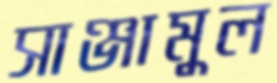
সাঞ্জামুল